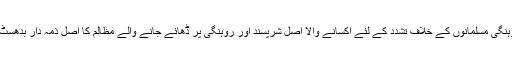
میانمار میں مقیم اقلیت روہنگی مسلمانوں کے خلاف تشدد کے لئے اکسانے والا اصل شرپسند اور روہنگی پر ڈھائے جانے والے مظالم کا اصل ذمہ دار بدھسٹ پادری اشین ویراتھو ہے۔